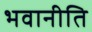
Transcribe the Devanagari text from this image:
भवानीति